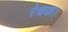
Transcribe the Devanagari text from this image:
रेचक।